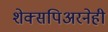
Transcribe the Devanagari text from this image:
शेक्सपिअरनेही